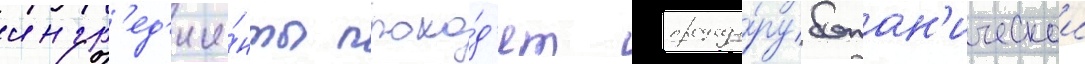
ингр'ед'ие́нты прохо́д'ят процеду́ру ботан'ическои